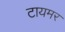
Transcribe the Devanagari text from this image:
टायमर